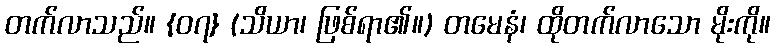
တက်လာသည်။ {၀၇} (သိယာ၊ ဖြစ်ရာ၏။) တမေနံ၊ ထိုတက်လာသော မိုးကို။